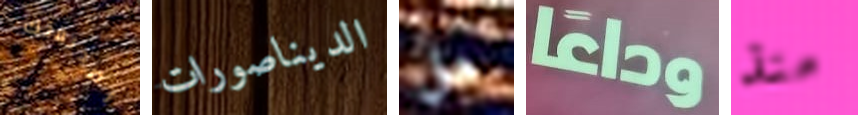
لصديقتك الديناصورات هل وداعا منذ